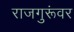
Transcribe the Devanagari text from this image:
राजगुरूंवर